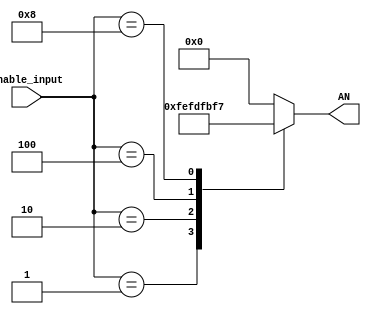
`timescale 1ns / 1ps

module seven_seg_display(
    input [3:0] enable_input,
    output reg [7:0] AN
    );
    
    always@(enable_input) begin
        case(enable_input)
            4'b0001: AN = 8'b1111_1110;
            4'b0010: AN = 8'b1111_1101;
            4'b0100: AN = 8'b1111_1011;
            4'b1000: AN = 8'b1111_0111;
            default: AN = 0;
        endcase
    end
    
endmodule